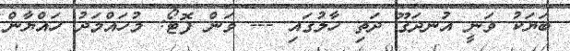
ބަޔަކު ވަނީ އުނދަގޫ ދަތި ހާލުގައި --- ވަން ފޮޓޯ: މުހައްމަދު ހައްޔާން